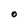
Character: O